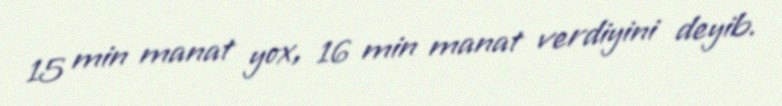
15 min manat yox, 16 min manat verdiyini deyib.